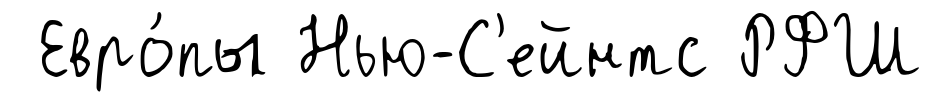
Евро́пы Нью-С'ейнтс РФШ